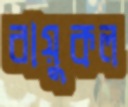
বায়ুকল